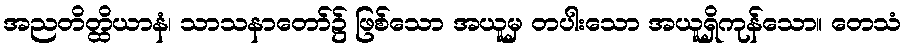
အညတိတ္ထိယာနံ၊ သာသနာတော်၌ ဖြစ်သော အယူမှ တပါးသော အယူရှိကုန်သော။ တေသံ